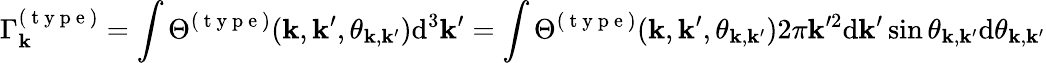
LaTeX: \Gamma_{\mathbf{k}}^{(\mathrm{{~t~y~p~e~}})}=\int\Theta^{(\mathrm{{~t~y~p~e~}})}(\mathbf{k},\mathbf{k}^{\prime},\theta_{\boldsymbol{\mathbf{k}},\boldsymbol{\mathbf{k}}^{\prime}})\mathrm{{d}}^{3}\boldsymbol{\mathbf{k}}^{\prime}=\int\Theta^{(\mathrm{{~t~y~p~e~}})}(\mathbf{k},\mathbf{k}^{\prime},\theta_{\boldsymbol{\mathbf{k}},\boldsymbol{\mathbf{k}}^{\prime}})2\pi\mathbf{k}^{\prime2}\mathrm{{d}}\mathbf{k}^{\prime}\sin\theta_{\boldsymbol{\mathbf{k}},\boldsymbol{\mathbf{k}}^{\prime}}\mathrm{{d}}\theta_{\boldsymbol{\mathbf{k}},\boldsymbol{\mathbf{k}}^{\prime}}